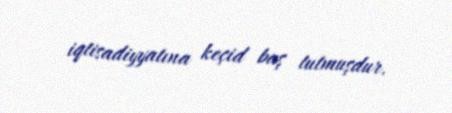
iqtisadiyyatına keçid baş tutmuşdur.